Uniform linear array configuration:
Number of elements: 48
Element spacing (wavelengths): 0.5
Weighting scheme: binomial
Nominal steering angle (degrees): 60
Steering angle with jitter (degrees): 60.809
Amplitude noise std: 0.05
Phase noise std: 0.05

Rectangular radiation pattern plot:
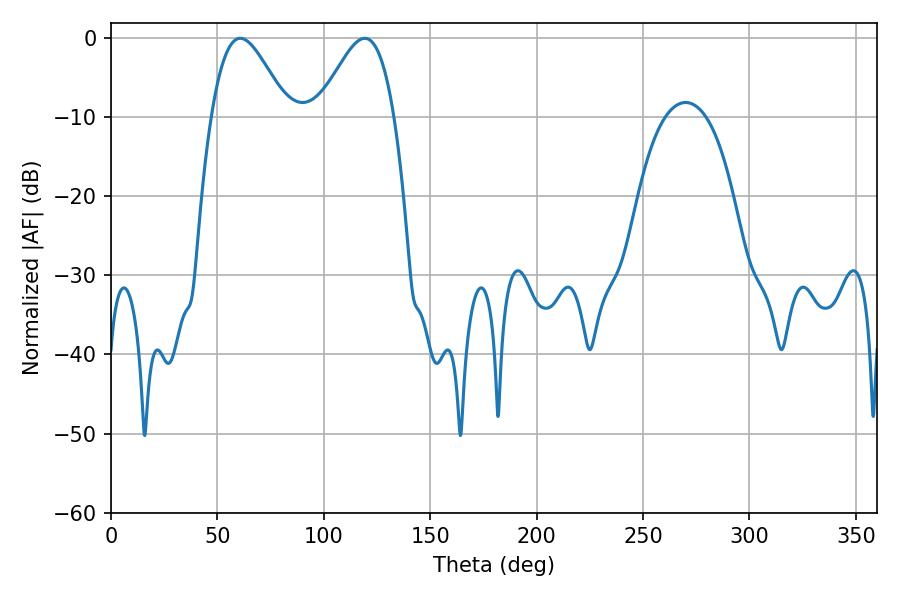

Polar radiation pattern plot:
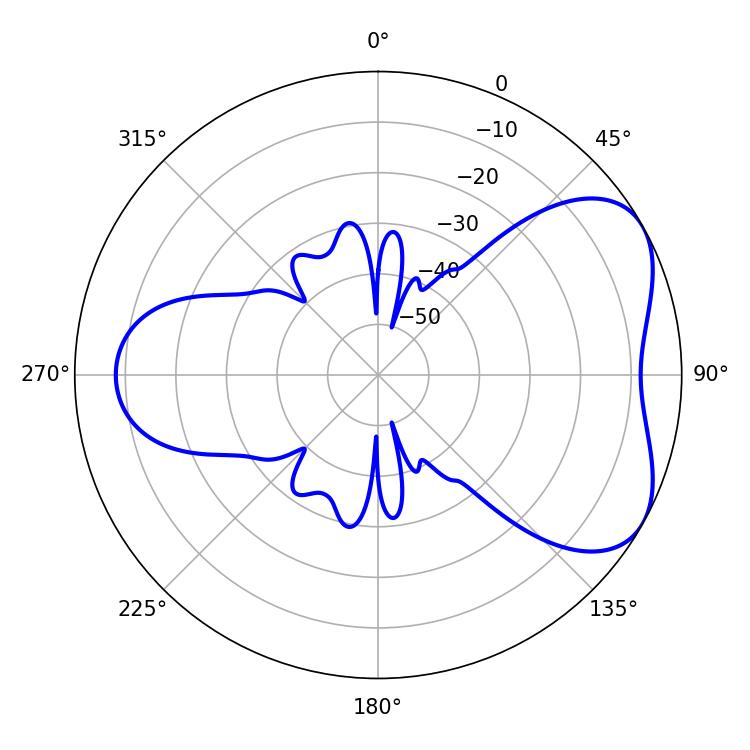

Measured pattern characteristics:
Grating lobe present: FALSE
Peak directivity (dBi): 5.169
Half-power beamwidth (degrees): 18.9
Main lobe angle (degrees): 60.66